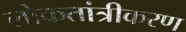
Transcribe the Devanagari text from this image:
लोकतांत्रीकरण